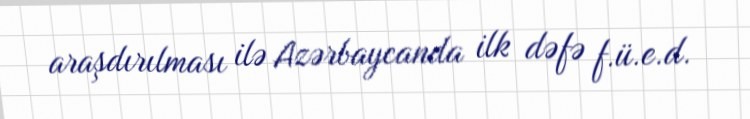
araşdırılması ilə Azərbaycanda ilk dəfə f.ü.e.d.